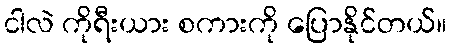
ငါလဲ ကိုရီးယား စကားကို ပြောနိုင်တယ်။